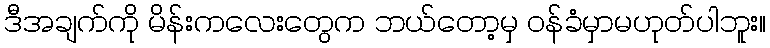
ဒီအချက်ကို မိန်းကလေးတွေက ဘယ်တော့မှ ဝန်ခံမှာမဟုတ်ပါဘူး။